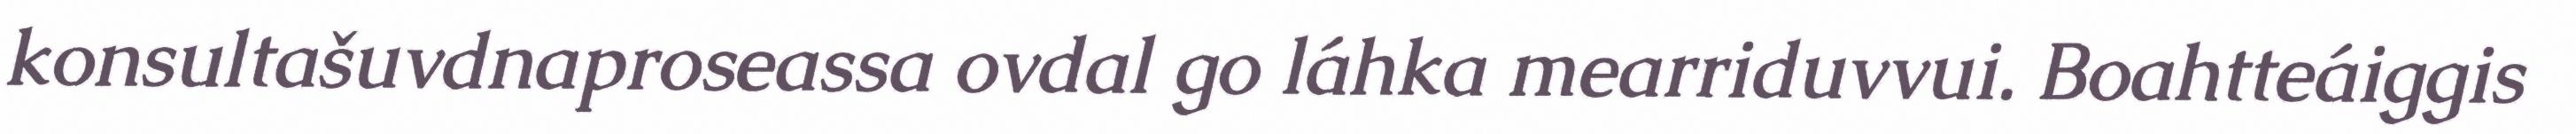
konsultašuvdnaproseassa ovdal go láhka mearriduvvui. Boahtteáiggis